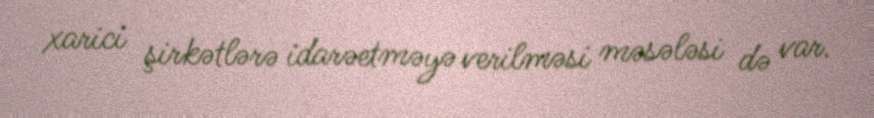
xarici şirkətlərə idarəetməyə verilməsi məsələsi də var.